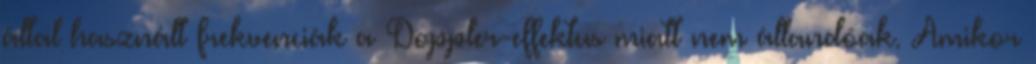
által használt frekvenciák a Doppler-effektus miatt nem állandóak. Amikor